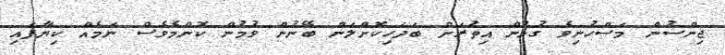
ޖިންސުން މަސްހުނިވެ ގުޅުން އިތުރަށް ބަދަހިކޮށްލަން ބޭނުން ވުމުން ކޮންމެވެސް ނަމެއް ކިޔާފައި